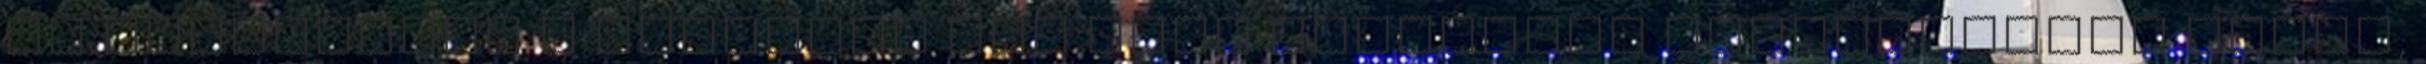
ez alapvetően a nőséghez egy elég szervesen hozzátartozó dolog,